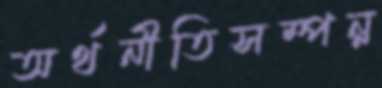
অর্থনীতিসম্পন্ন